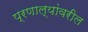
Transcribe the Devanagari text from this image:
प्रणाल्यांवरील